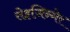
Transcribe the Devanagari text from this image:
सेइज़िन्गेर